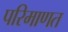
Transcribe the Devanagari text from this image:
परिमाणत